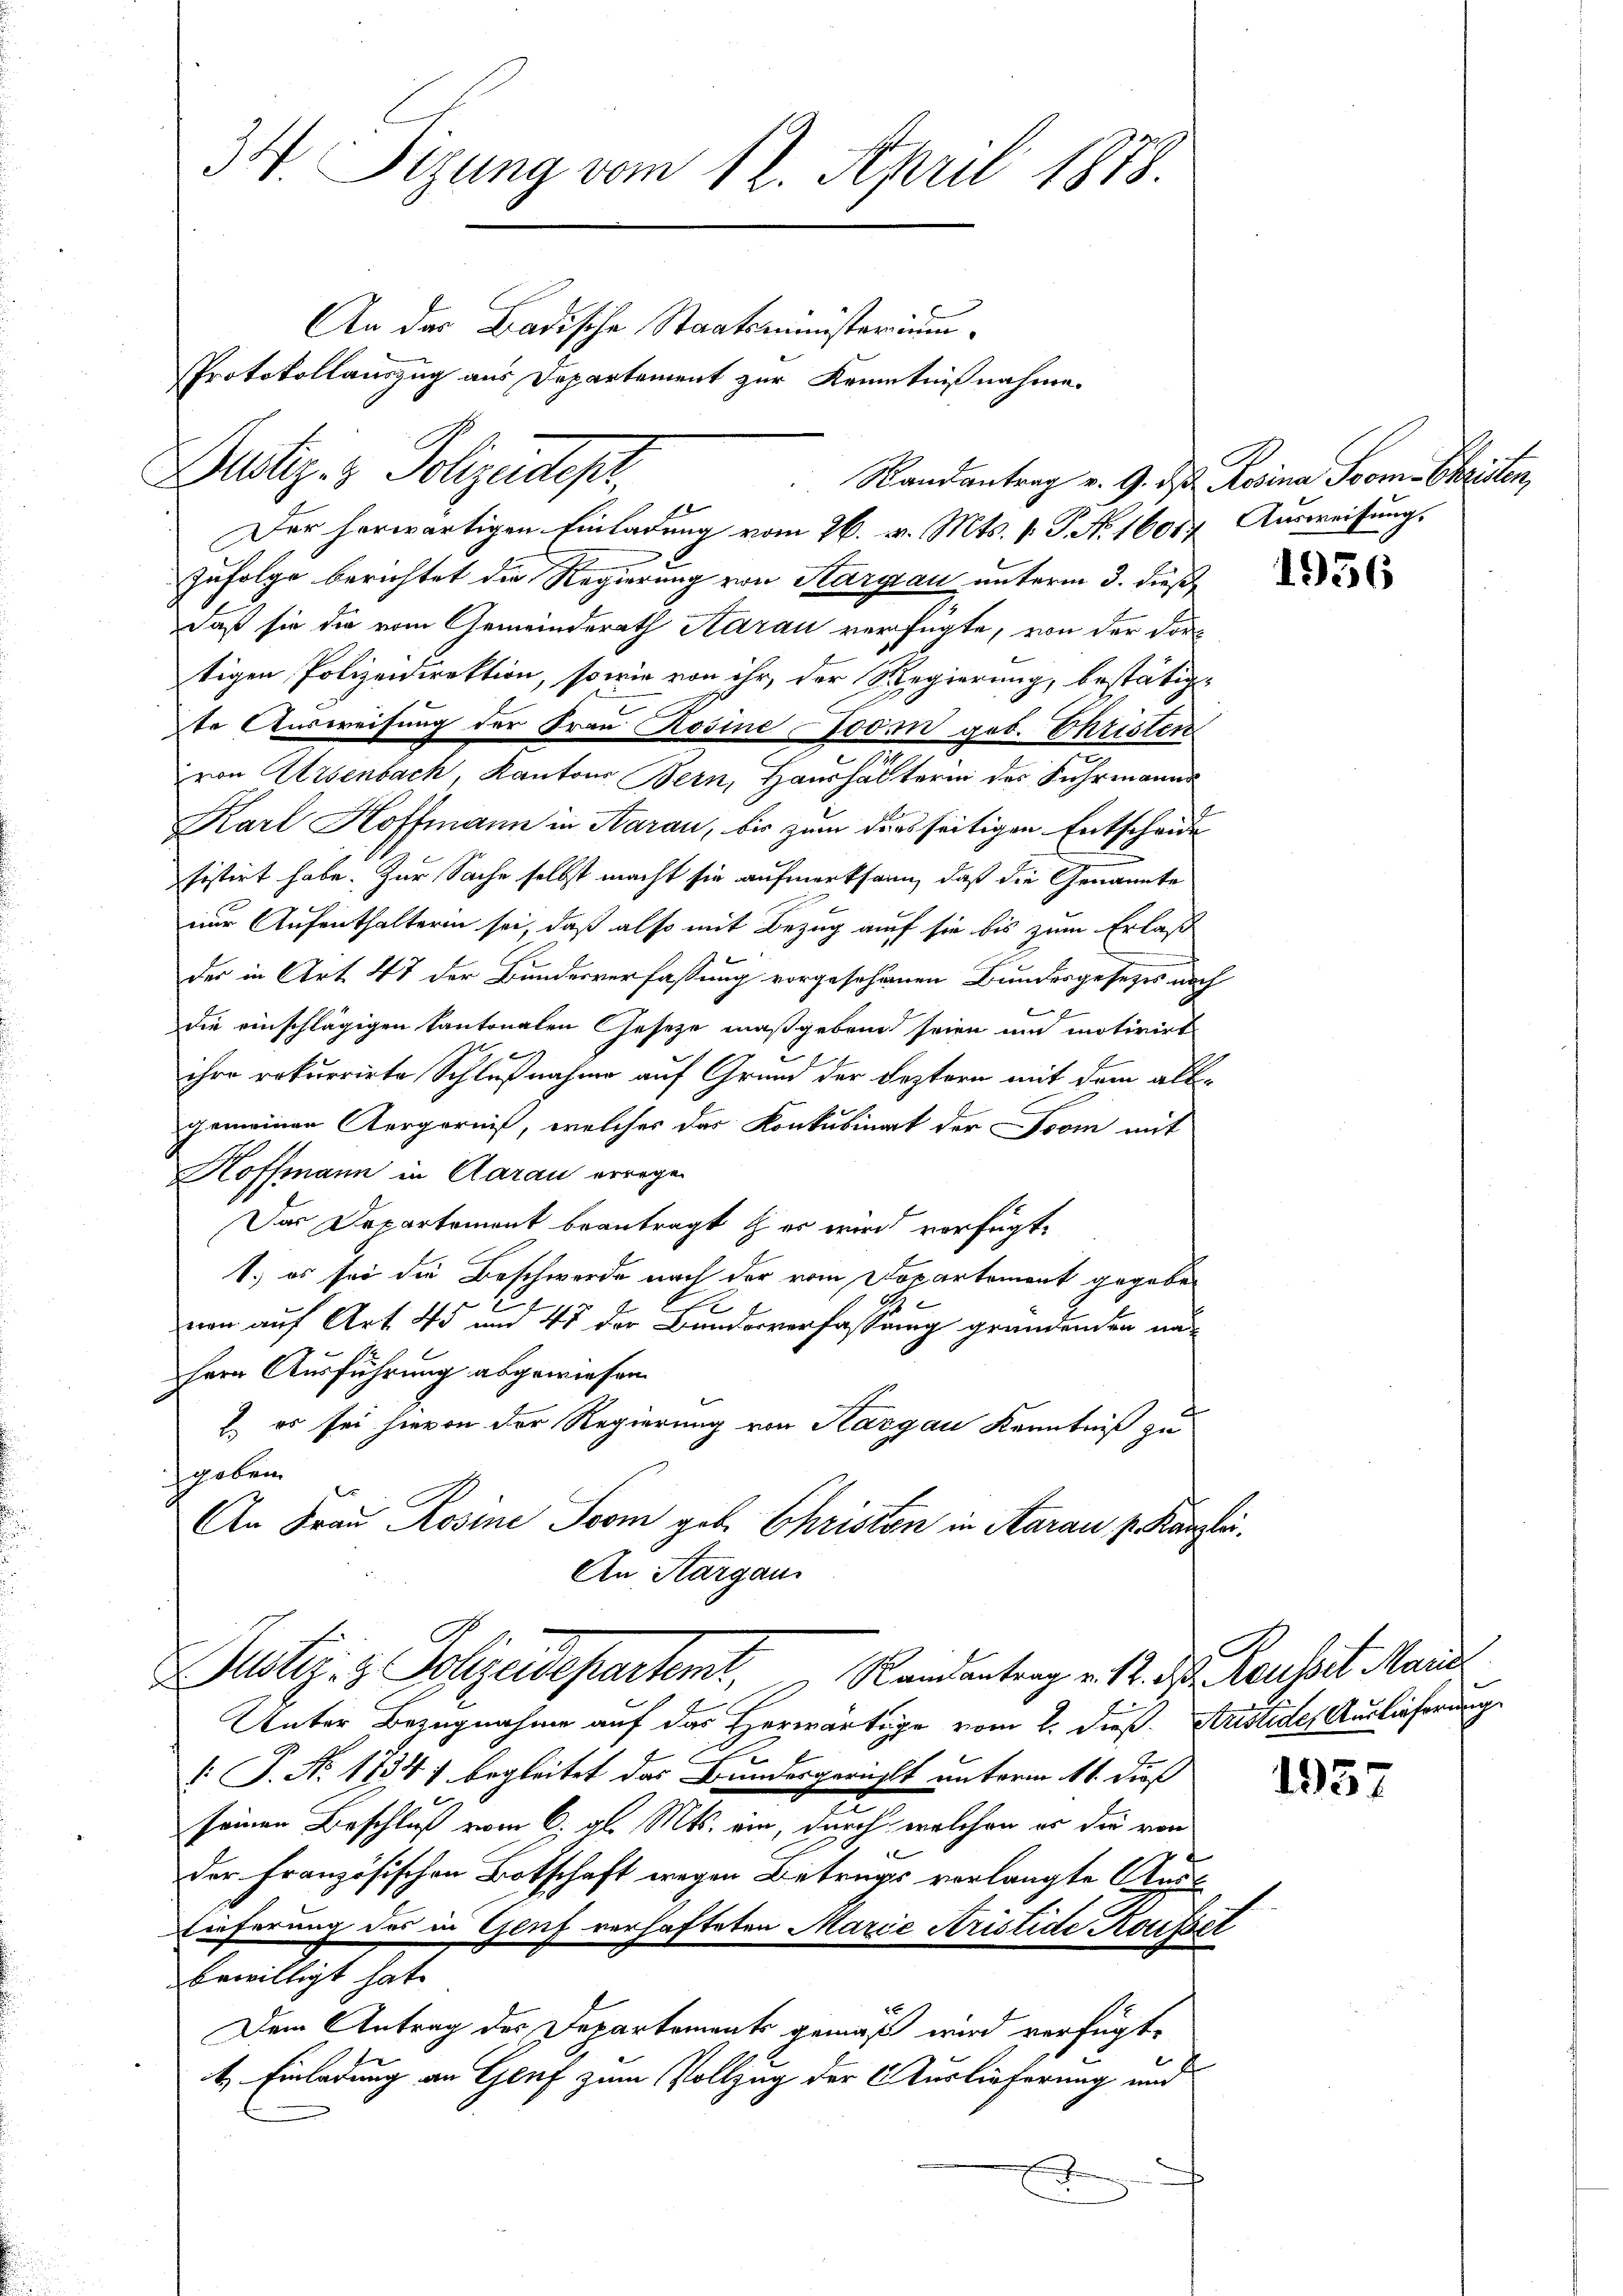
Bustiz- & Polizeidepr

34. Sizung vom 12. April 1878.
An das Badische Staatsministerium
Protokollauszug aus Departement zur Kenntnißnahme.

Der herwärtigen Einladung vom 26. v. Mts. v. P. N. 16087. Ausweisung.
zufolge berichtet die Regierung von Aargau unterm 3. dieß,
daß sie die vom Gemeinderath Aarau verfügte, von der dortigen Polizeidirektion, sowie von ihr, der Regierung, bestätig-
te Ausweisung der Frau Rosine Form geb. Ehristen
von Arsenbach, Kantons Bern, Haushälterin des Fuhrmann
Karl Hoffmann in Aarau, bis zum diesseitigen Entscheide
sistirt habe. Zur Sache selbst macht sie aufmerksam, daß die Genannte
nur Aufenthalterin sei, daß also mit Bezug auf sie bis zum Erlaße
e
der in Art. 47 der Bundesverfassung vorgesehenen Bundesgesetzes nach
6
2
die einschlägigen Kantonalen Gesetze maßgeben seien und motivirt
9
ihre rekurrirte Schlußnahme auf Grund der Leztern mit dem allgemeinen Aergerniß, welches das Konkubinat der Form mit
Hoffmann in Aarau erregen
Das Departement beantragt & es wird verfügt,
1.) es sei die Beschwerde nach der vom Dopartement gegeben
A
nen auf Art. 45 und 45 der Bundesverfassung gründenden an¬
Hern Ausführung abgewiesen.
2. es sei hievon der Regierung von Kargau Kenntniß zu
hoben
An Frau Rosine Trom geb. Christan in Aarau v. Kanzlei.
An Aargaus
Justiz- & Polizeidepartemt, Randantrag v. 14. d. Reussit. Mande
Unter Bezugnahme auf das Herwärtige vom 2. dieß. Austide, Auslieferung
: P. Nr. 1734) begleitet das Bundesgerichts unterm 11. dieß
c
seinen Beschluß vom 6. gl. Mts. ein, durch welchen er die von
1
der Französischen Botschaft wegen Betrugs verlangte Aus¬
Eieferung des in Genf verhafteten Marie Kristide Housset
bewilligt hat.
d
Dem Antrag des Departements gemäß wird verfügt,
t. Einladung an Genf zum Vollzug der Auslieferung und
e

Randantrag v. 9. ds. Rosina Tom. Christen,

1956

1957